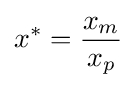
x^{*}={\frac {x_{m}}{x_{p}}}